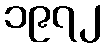
၁၉၇၂